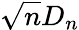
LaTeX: {\sqrt{n}}D_{n}